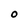
Character: 0